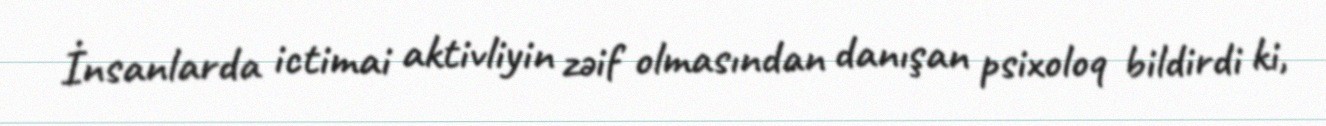
İnsanlarda ictimai aktivliyin zəif olmasından danışan psixoloq bildirdi ki,